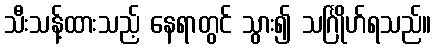
သီးသန့်ထားသည့် နေရာတွင် သွား၍ သင်္ဂြိုဟ်ရသည်။